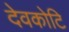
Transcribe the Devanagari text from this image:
देवकोटि